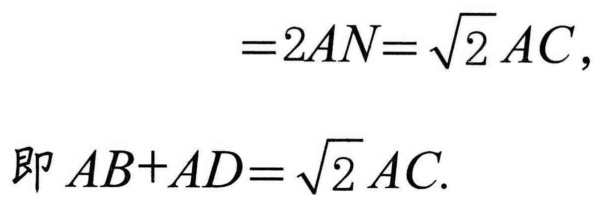
\[
\begin{align*}
&=2AN=\sqrt{2}AC,\\
\end{align*}
\]
即 \(AB + AD=\sqrt{2}AC\).